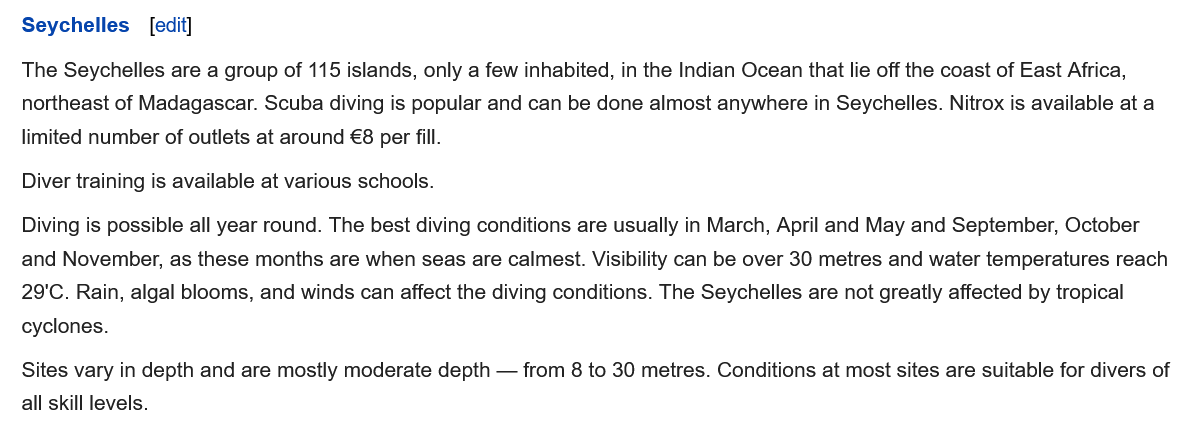
Sites vary in depth and are mostly moderate depth —
     from 8 to 30 metres. Conditions at most sites are suitable for divers of
   all skill levels.
   Diving is possible all year round. The best diving conditions are usually in March, April and May and September, October
   and November, as these months are when seas are calmest. Visibility can be over 30 metres and water temperatures reach
   29'C. Rain, algal blooms, and winds can affect the diving conditions. The Seychelles are not greatly affected by tropical
   cyclones.
   Diver training is available at various schools.
   Seychelles
   The Seychelles are a group of 115 islands, only a few inhabited, in the Indian Ocean that lie off the coast of East Africa,
   northeast of Madagascar. Scuba diving is popular and can be done almost anywhere in Seychelles. Nitrox is available at a
   limited number of outlets at around €8 per fill.
     [edit]